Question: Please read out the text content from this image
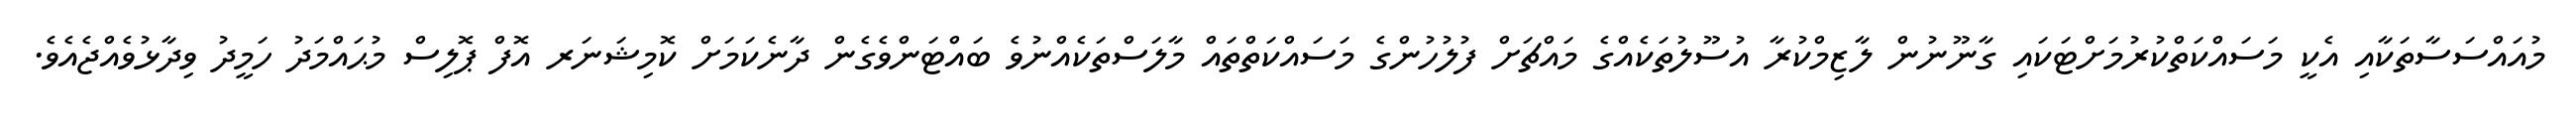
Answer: މުއައްސަސާތަކާއި އެކީ މަސައްކަތްކުރުމަށްޓަކައި ގާނޫނުން ލާޒިމްކުރާ އުސޫލުތަކެއްގެ މައްޗަށް ފުލުހުންގެ މަސައްކަތްތައް މާލަސްތަކެއްނުވެ ބައްޓަންވެގެން ދާނެކަމަށް ކޮމިޝަނަރ އޮފް ޕޮލިސް މުޙައްމަދު ހަމީދު ވިދާޅުވެއްޖެއެވެ.